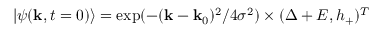
| \psi ( \mathbf { k } , t = 0 ) \rangle = \exp ( - ( \mathbf { k } - \mathbf { k } _ { 0 } ) ^ { 2 } / 4 \sigma ^ { 2 } ) \times ( \Delta + E , h _ { + } ) ^ { T }